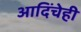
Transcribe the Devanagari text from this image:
आदिंचेही